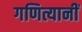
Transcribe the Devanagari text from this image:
गणित्यानीं